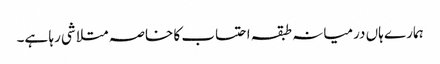
ہمارے ہاں درمیانہ طبقہ احتساب کا خاصہ متلاشی رہا ہے۔